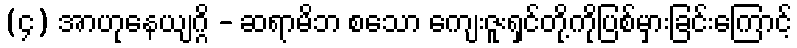
(၄) အာဟုနေယျဂ္ဂိ - ဆရာမိဘ စသော ကျေးဇူးရှင်တို့ကိုပြစ်မှားခြင်းကြောင့်